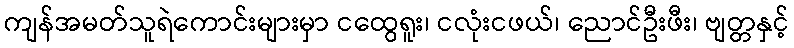
ကျန်အမတ်သူရဲကောင်းများမှာ ငထွေရူး၊ ငလုံးငဖယ်၊ ညောင်ဦးဖီး၊ ဗျတ္တနှင့်